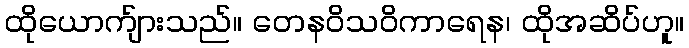
ထိုယောက်ျားသည်။ တေနဝိသဝိကာရေန၊ ထိုအဆိပ်ဟူ။